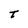
Character: t